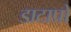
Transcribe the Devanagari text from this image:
डाटाप्रो